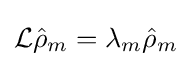
{\mathcal {L}}{\hat {\rho }}_{m}=\lambda _{m}{\hat {\rho }}_{m}